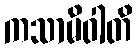
ကသာမိဝါတိ